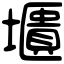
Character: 㙺